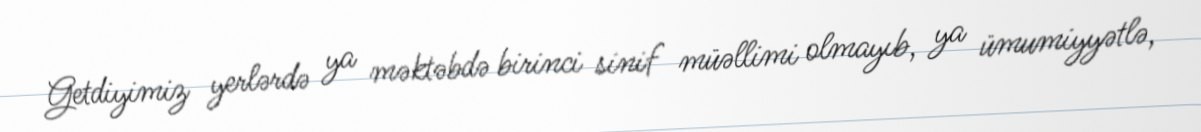
Getdiyimiz yerlərdə ya məktəbdə birinci sinif müəllimi olmayıb, ya ümumiyyətlə,